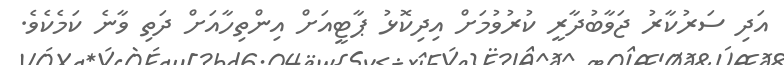
އަދި ސަރުކާރު ޖަވާބުދާރީ ކުރުވުމަށް އިދިކޮޅު ޕާޓީއަށް އިންތިހާއަށް ދަތި ވާނެ ކަމެކެވެ.